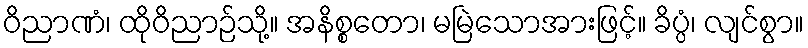
ဝိညာဏံ၊ ထိုဝိညာဉ်သို့။ အနိစ္စတော၊ မမြဲသောအားဖြင့်။ ခိပ္ပံ၊ လျင်စွာ။